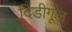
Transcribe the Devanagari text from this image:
दिंडीगूल